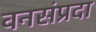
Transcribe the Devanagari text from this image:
वनसंप्रदा